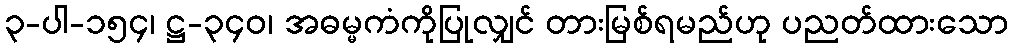
၃-ပါ-၁၅၄၊ ဋ္ဌ-၃၄၀၊ အဓမ္မကံကိုပြုလျှင် တားမြစ်ရမည်ဟု ပညတ်ထားသော